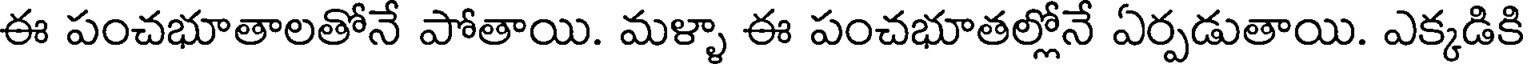
ఈ పంచభూతాలతోనే పోతాయి. మళ్ళా ఈ పంచభూతల్లోనే ఏర్పడుతాయి. ఎక్కడికి